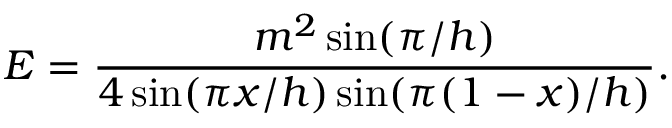
E = \frac { m ^ { 2 } \sin ( \pi / h ) } { 4 \sin ( \pi x / h ) \sin ( \pi ( 1 - x ) / h ) } .